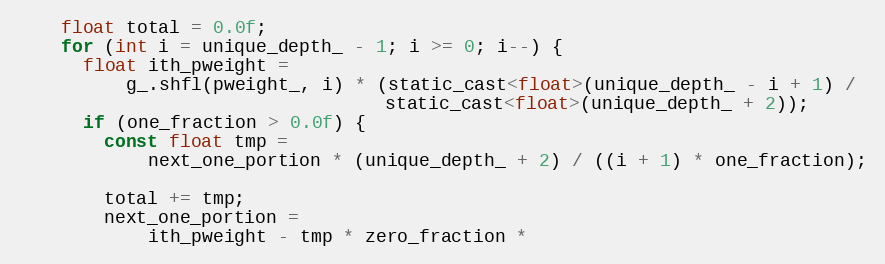
Language: C
    float total = 0.0f;
    for (int i = unique_depth_ - 1; i >= 0; i--) {
      float ith_pweight =
          g_.shfl(pweight_, i) * (static_cast<float>(unique_depth_ - i + 1) /
                                  static_cast<float>(unique_depth_ + 2));
      if (one_fraction > 0.0f) {
        const float tmp =
            next_one_portion * (unique_depth_ + 2) / ((i + 1) * one_fraction);

        total += tmp;
        next_one_portion =
            ith_pweight - tmp * zero_fraction *